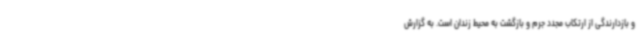
و بازدارندگی از ارتکاب مجدد جرم و بازگشت به محیط زندان است. به گزارش